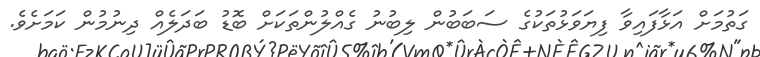
ގަތުމަށް އަޅާފައިވާ ފިޔަވަޅުތަކުގެ ސަބަބުން ލިބުނު ގެއްލުންތަކަށް ބޮޑު ބަދަލެއް ދިނުމުން ކަމަށެވެ.